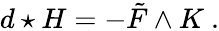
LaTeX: d\star H=-\tilde{F}\wedge K\ .